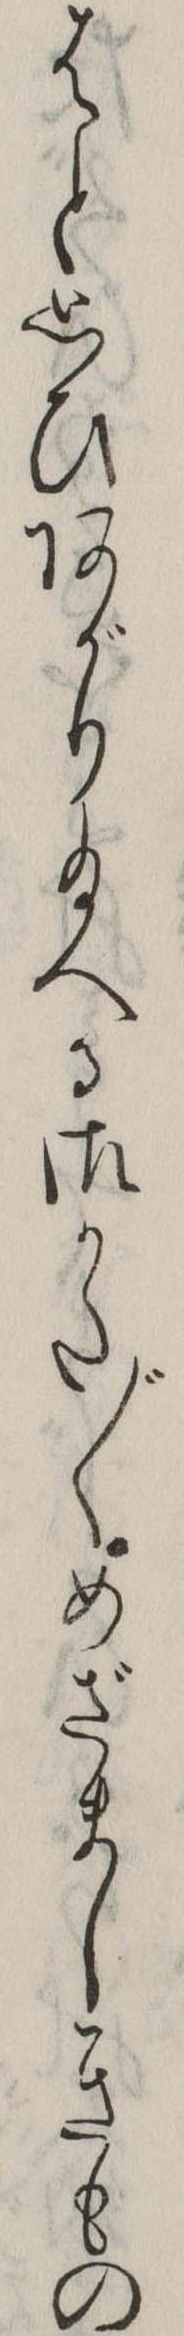
はと思ひあがり給へる御かた〲めざましきもの